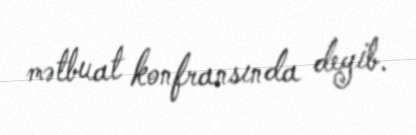
mətbuat konfransında deyib.